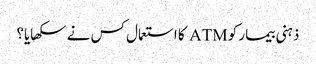
ذہنی بیمار کو ATM کا استعمال کس نے سکھایا؟